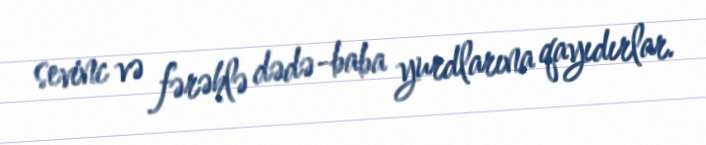
sevinc və fərəhlə dədə-baba yurdlarına qayıdırlar.